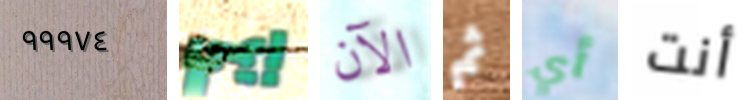
٩٩٩٧٤ إيمي الآن ثم أي أنت